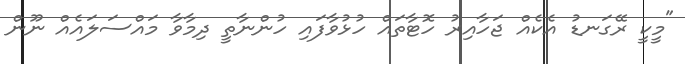
"މީކީ ރޭގަނޑު އެކެއް ޖަހާއިރު ހޮޓާތައް ހުޅުވާފައި ހުންނާތީ ދިމާވާ މައްސަލައެއް ނޫން